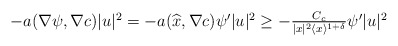
\begin{align*} \textstyle -a(\nabla \psi,\nabla c)|u|^{2}= -a(\widehat{x},\nabla c)\psi'|u|^{2} \ge -\frac{C_{c}}{|x|^{2}\langle x\rangle^{1+\delta}} \psi'|u|^{2}\end{align*}